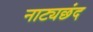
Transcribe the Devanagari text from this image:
नाट्यछंद